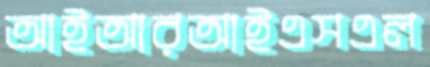
আইআরআইএসএল